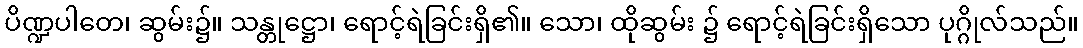
ပိဏ္ဍပါတေ၊ ဆွမ်း၌။ သန္တုဋ္ဌော၊ ရောင့်ရဲခြင်းရှိ၏။ သော၊ ထိုဆွမ်း ၌ ရောင့်ရဲခြင်းရှိသော ပုဂ္ဂိုလ်သည်။